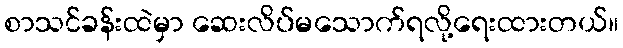
စာသင်ခန်းထဲမှာ ဆေးလိပ်မသောက်ရလို့ရေးထားတယ်။